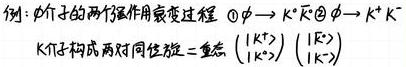
例: $\phi$ 介子的两强作用衰变过程 $\phi \to K^{+} K^{-} \otimes \phi \to K^{+} K^{-}$

$K$ 介子构成两同位旋 - 重态 $\left(\begin{array}{c}K^{+} \\ K^{0}\end{array}\right)\left(\begin{array}{c}\overline{K^{0}} \\ K^{-}\end{array}\right)$